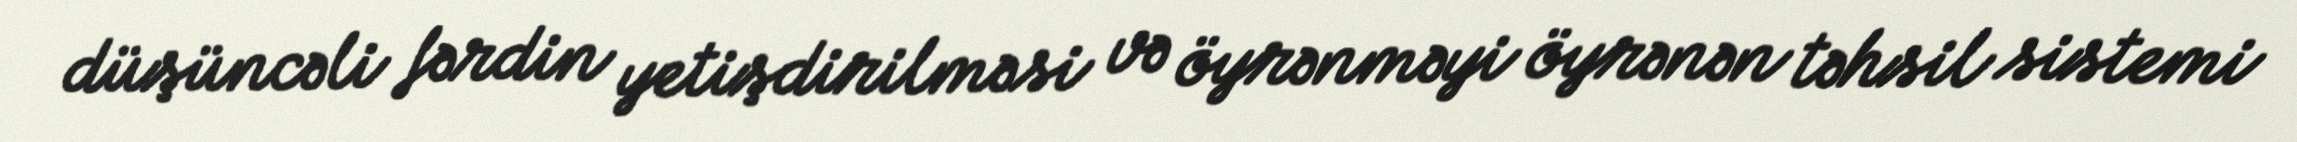
düşüncəli fərdin yetişdirilməsi və öyrənməyi öyrənən təhsil sistemi